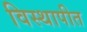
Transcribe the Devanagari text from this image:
विस्थापीत